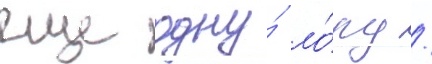
еще одну́ ло́ру /